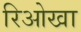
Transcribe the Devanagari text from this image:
रिओखा